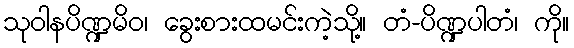
သုဝါနပိဏ္ဍမိဝ၊ ခွေးစားထမင်းကဲ့သို့။ တံ-ပိဏ္ဍပါတံ၊ ကို။